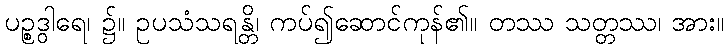
ပဉ္စဒွါရေ၊ ၌။ ဥပသံသရန္တိ၊ ကပ်၍ဆောင်ကုန်၏။ တဿ သတ္တဿ၊ အား။